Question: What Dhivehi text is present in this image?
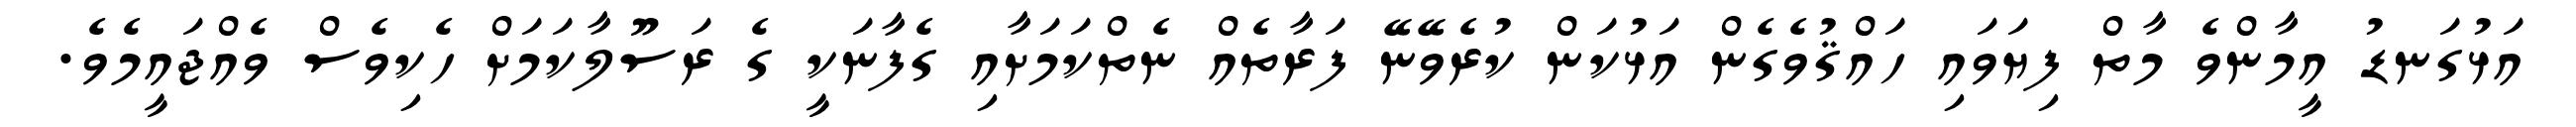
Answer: އަޅުގަނޑު އީމާންވެ މާތް ފިޔަވައި ހައްޤުވެގެން އަޅުކަން ކުރެވޭނޭ ފަރާތެއް ނެތްކަމަށާއި ގެފާނަކީ ގެ ރަސޫލާކަމަށް ހެކިވެސް ވެއްޖައީމެވެ.